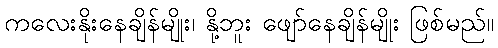
ကလေးနိုးနေချိန်မျိုး၊ နို့ဘူး ဖျော်နေချိန်မျိုး ဖြစ်မည်။